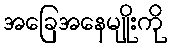
အခြေအနေမျိုးကို